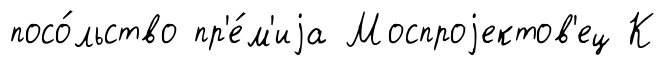
посо́льство пр'е́м'иjа Моспроjектов'ец К